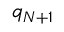
q _ { N + 1 }